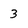
Character: 3